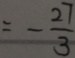
= - \frac { 2 7 } { 3 }